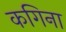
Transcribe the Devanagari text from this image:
कगिना